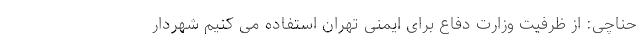
حناچی: از ظرفیت وزارت دفاع برای ایمنی تهران استفاده می کنیم شهردار